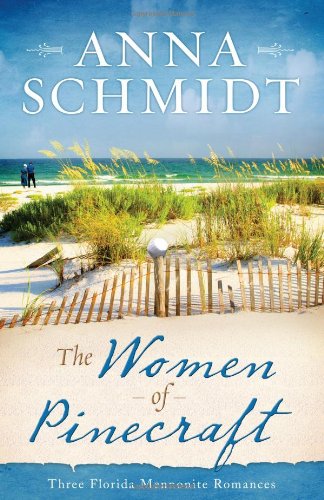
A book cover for The Women of Pinecraft: Three Florida Mennonite Romances; Anna Schmidt; Christian Books & Bibles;